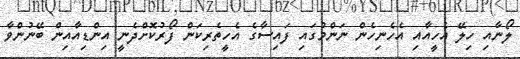
ލޯނާއި ހިލޭ އެހީއާއި އެހެނިހެން ނަންމުގައި ފައިސާގެ އެހީތެރިކަން ފޯރުކޮށްދެނީ އިންޑިއާއިން ބޭނުންވާ